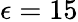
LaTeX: \epsilon=15